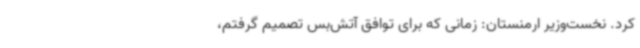
کرد. نخست‌وزیر ارمنستان: زمانی که برای توافق آتش‌بس تصمیم گرفتم،